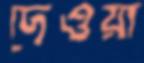
দেওয়া